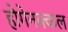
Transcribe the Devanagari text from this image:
होगेनक्कल